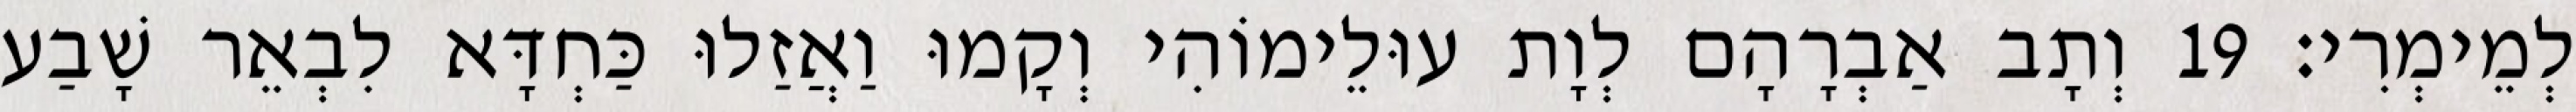
לְמֵימְרִי׃ 19 וְתָב אַבְרָהָם לְוָת עוּלֵימוֹהִי וְקָמוּ וַאֲזַלוּ כַּחְדָּא לִבְאֵר שָׁבַע